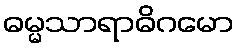
ဓမ္မသာရာဓိဂမော